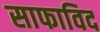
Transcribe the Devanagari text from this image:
साफाविद